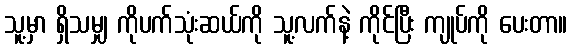
သူ့မှာ ရှိသမျှ ကိုပက်သုံးဆယ်ကို သူ့လက်နဲ့ ကိုင်ပြီး ကျုပ်ကို ပေးတာ။